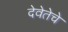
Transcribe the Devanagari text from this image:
देवेतेचे